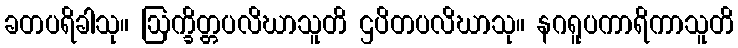
ခတပရိခါသု။ ဩက္ခိတ္တပလိဃာသူတိ ဌပိတပလိဃာသု။ နဂရူပကာရိကာသူတိ